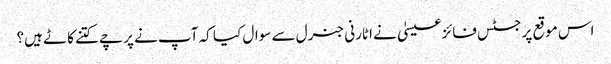
اس موقع پر جسٹس فائزعیسیٰ نے اٹارنی جنرل سے سوال کیا کہ آپ نے پرچے کتنے کاٹے ہیں؟